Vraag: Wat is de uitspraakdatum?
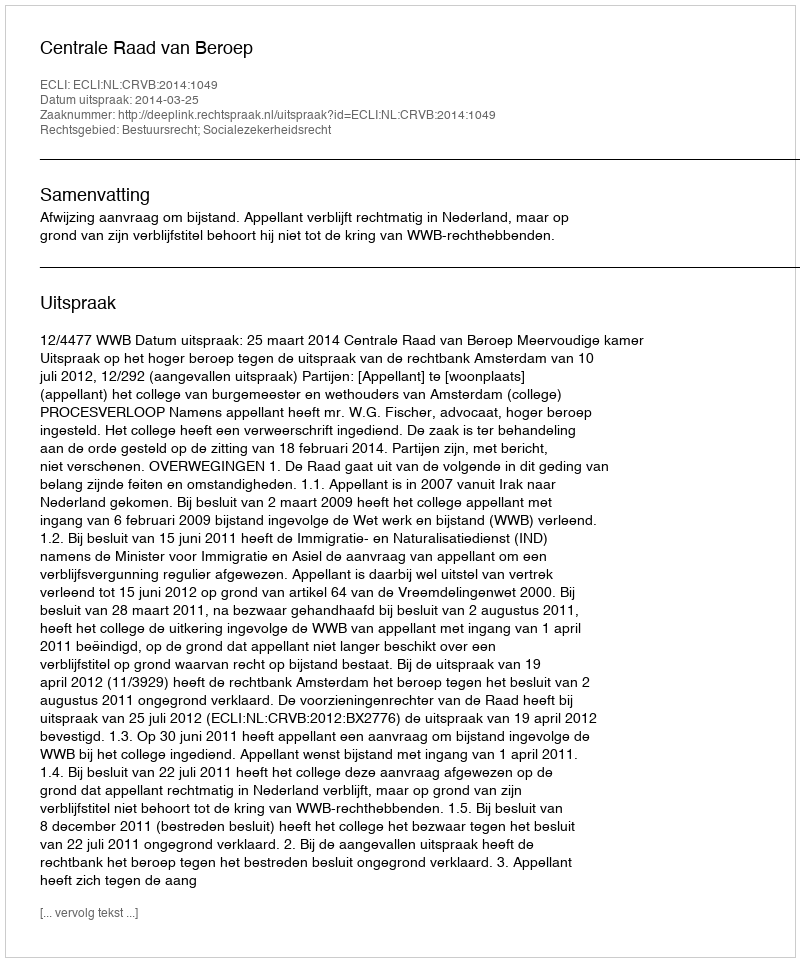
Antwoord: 2014-03-25